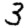
Digit: 3